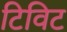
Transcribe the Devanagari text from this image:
टिविट